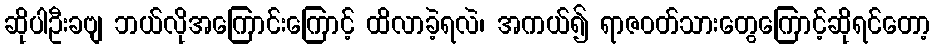
ဆိုပါဦးခဗျ ဘယ်လိုအကြောင်းကြောင့် ထိလာခဲ့ရလဲ၊ အကယ်၍ ရာဇ၀တ်သားတွေကြောင့်ဆိုရင်တော့